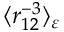
\langle r _ { 1 2 } ^ { - 3 } \rangle _ { \varepsilon }